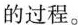
的过程。